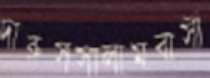
দারুসসালামবাসী